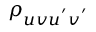
\rho _ { u v u ^ { ' } v ^ { ' } }